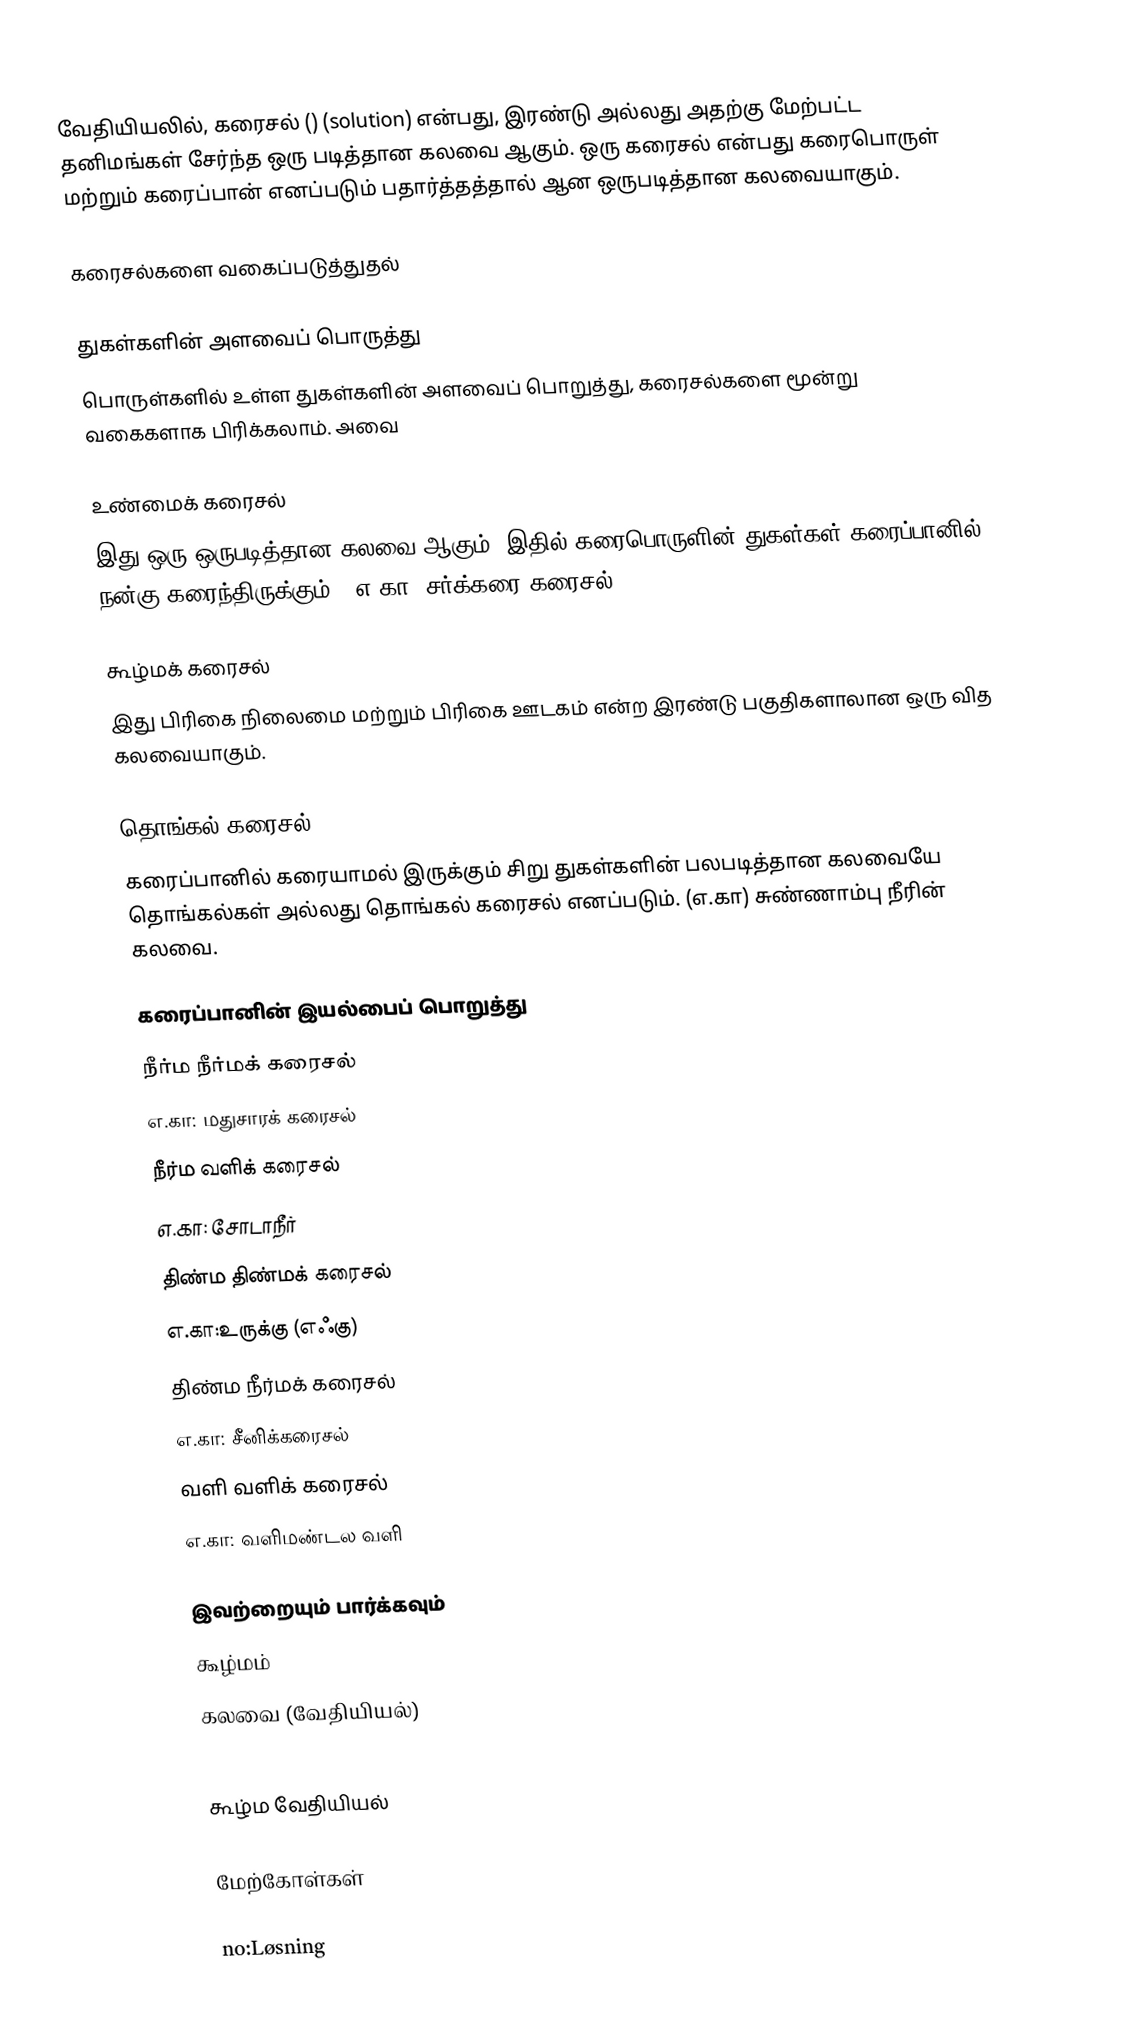
வேதியியலில், கரைசல் ()  (solution) என்பது, இரண்டு அல்லது அதற்கு மேற்பட்ட தனிமங்கள் சேர்ந்த ஒரு படித்தான கலவை ஆகும். ஒரு கரைசல் என்பது கரைபொருள் மற்றும் கரைப்பான் எனப்படும் பதார்த்தத்தால் ஆன ஒருபடித்தான கலவையாகும்.

கரைசல்களை வகைப்படுத்துதல்

துகள்களின் அளவைப் பொருத்து
பொருள்களில் உள்ள துகள்களின் அளவைப் பொறுத்து, கரைசல்களை மூன்று வகைகளாக பிரிக்கலாம். அவை

உண்மைக் கரைசல்
இது ஒரு ஒருபடித்தான கலவை ஆகும். இதில் கரைபொருளின் துகள்கள் கரைப்பானில் நன்கு கரைந்திருக்கும். (எ.கா) சர்க்கரை கரைசல்.

கூழ்மக் கரைசல்
இது பிரிகை நிலைமை மற்றும் பிரிகை ஊடகம் என்ற இரண்டு பகுதிகளாலான ஒரு வித கலவையாகும்.

தொங்கல் கரைசல்
கரைப்பானில் கரையாமல் இருக்கும் சிறு துகள்களின் பலபடித்தான கலவையே தொங்கல்கள் அல்லது தொங்கல் கரைசல் எனப்படும். (எ.கா) சுண்ணாம்பு நீரின் கலவை.

கரைப்பானின் இயல்பைப் பொறுத்து
நீர்ம நீர்மக் கரைசல்
எ.கா: மதுசாரக் கரைசல்
நீர்ம வளிக் கரைசல்
எ.கா: சோடாநீர்
திண்ம திண்மக் கரைசல்
எ.கா:உருக்கு (எஃகு)
திண்ம நீர்மக் கரைசல்
எ.கா: சீனிக்கரைசல்
வளி வளிக் கரைசல்
எ.கா: வளிமண்டல வளி

இவற்றையும் பார்க்கவும்
 கூழ்மம்
 கலவை (வேதியியல்)

கூழ்ம வேதியியல்

மேற்கோள்கள்

no:Løsning